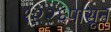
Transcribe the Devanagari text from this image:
१२२६पासून